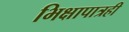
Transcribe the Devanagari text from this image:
भिक्षापात्रही